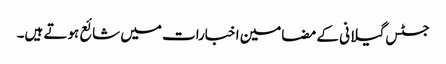
جسٹس گیلانی کے مضامین اخبارات میں شائع ہوتے ہیں۔